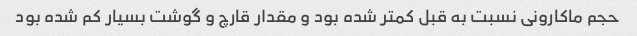
حجم ماکارونی نسبت به قبل کمتر شده بود و مقدار قارچ و گوشت بسیار کم شده بود